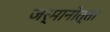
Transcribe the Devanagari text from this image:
जर्मानोत्ता